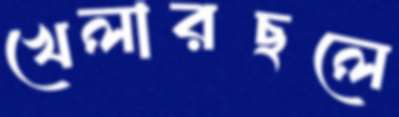
খেলারছলে